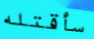
سأقتله